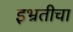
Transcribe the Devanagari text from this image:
इभ्रतीचा